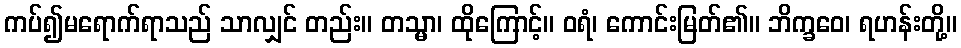
ကပ်၍မရောက်ရာသည် သာလျှင် တည်း။ တသ္မာ၊ ထိုကြောင့်။ ဝရံ၊ ကောင်းမြတ်၏။ ဘိက္ခဝေ၊ ရဟန်းတို့။